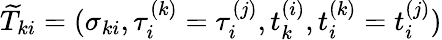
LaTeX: \widetilde{T}_{ki}=(\sigma_{ki},\tau_{i}^{(k)}=\tau_{i}^{(j)},t_{k}^{(i)},t_{i}^{(k)}=t_{i}^{(j)})